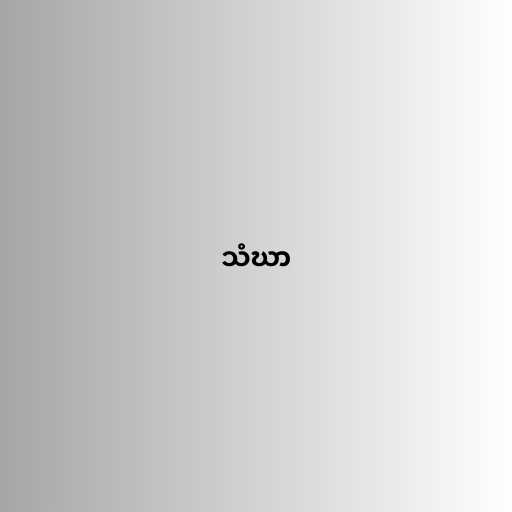
သံဃာ